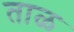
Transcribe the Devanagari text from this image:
ताळ